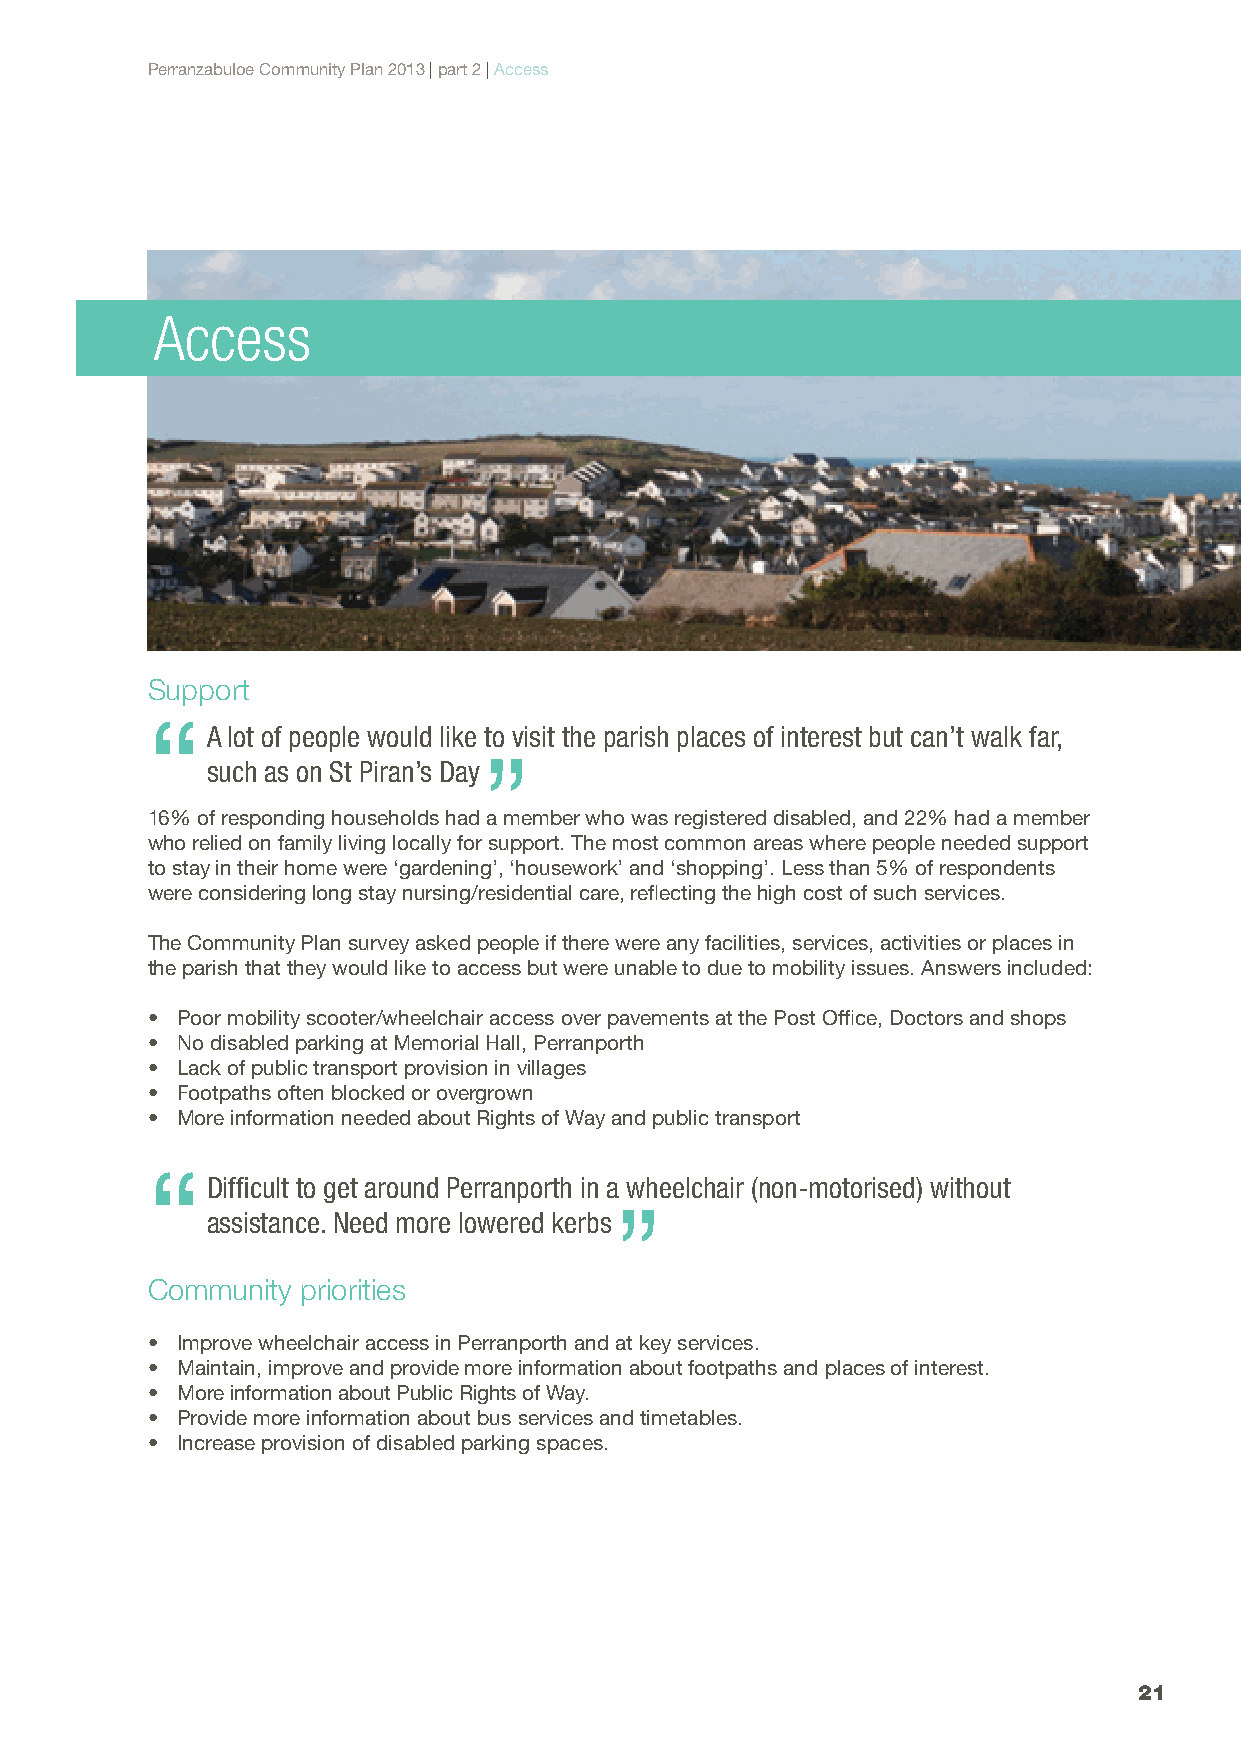
Perranzabuloe Community Plan 2013 | part 2 | Access
 Access
 Support
 “
 A lot of people would like to visit the parish places of interest but can’t walk far,
 ”
 such as on St Piran’s Day
 16% of responding households had a member who was registered disabled, and 22% had a member
 who relied on family living locally for support. The most common areas where people needed support
 to stay in their home were ‘gardening’, ‘housework’ and ‘shopping’. Less than 5% of respondents
 were considering long stay nursing/residential care, reflecting the high cost of such services.
 The Community Plan survey asked people if there were any facilities, services, activities or places in
 the parish that they would like to access but were unable to due to mobility issues. Answers included:
 • Poor mobility scooter/wheelchair access over pavements at the Post Office, Doctors and shops
 • No disabled parking at Memorial Hall, Perranporth
 • Lack of public transport provision in villages
 • Footpaths often blocked or overgrown
 • More information needed about Rights of Way and public transport
 “
 Difficult to get around Perranporth in a wheelchair (non-motorised) without
 ”
 assistance. Need more lowered kerbs
 Community priorities
 • Improve wheelchair access in Perranporth and at key services.
 • Maintain, improve and provide more information about footpaths and places of interest.
 • More information about Public Rights of Way.
 • Provide more information about bus services and timetables.
 • Increase provision of disabled parking spaces.
 21